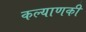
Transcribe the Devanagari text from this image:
कल्याणकी